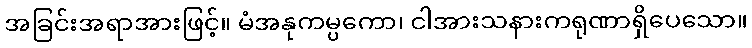
အခြင်းအရာအားဖြင့်။ မံအနုကမ္ပကော၊ ငါအားသနားကရုဏာရှိပေသော။